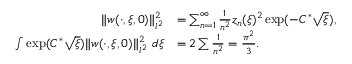
\begin{array} { r l } { \Vert w ( \cdot , \xi , 0 ) \Vert _ { l ^ { 2 } } ^ { 2 } } & { = \sum _ { n = 1 } ^ { \infty } \frac 1 { n ^ { 2 } } z _ { n } ( \xi ) ^ { 2 } \exp ( - C ^ { \ast } \sqrt \xi ) , } \\ { \int \exp ( C ^ { \ast } \sqrt \xi ) \Vert w ( \cdot , \xi , 0 ) \Vert _ { l ^ { 2 } } ^ { 2 } \ d \xi } & { = 2 \sum \frac 1 { n ^ { 2 } } = \frac { \pi ^ { 2 } } 3 . } \end{array}